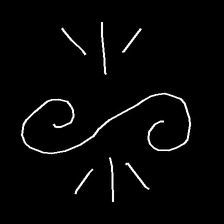
Glyph: wind-directs-air